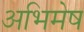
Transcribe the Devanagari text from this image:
अभिमेष